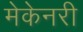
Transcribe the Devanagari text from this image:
मेकेनरी